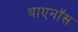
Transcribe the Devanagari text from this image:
थाएनॉस